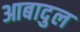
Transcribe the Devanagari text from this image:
आबादुल